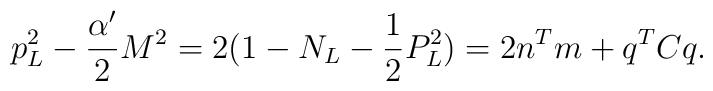
p_{L}^{2} - \frac{\alpha^{\prime}}{2}M^{2} = 2(1-N_{L}-\frac{1}{2}P_{L}^{2}) = 2 n^{T} m + q^{T} C q .